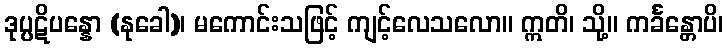
ဒုပ္ပဋိပန္နော (နုခေါ)၊ မကောင်းသဖြင့် ကျင့်လေသလော။ ဣတိ၊ သို့။ ကင်္ခန္တောပိ၊